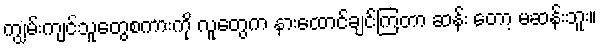
ကျွမ်းကျင်သူတွေစကားကို လူတွေက နားထောင်ချင်ကြတာ ဆန်း တော့ မဆန်းဘူး။